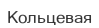
Кольцевая